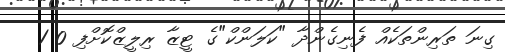
ގިނަ ތަރިންތަކެއް ފެނިގެންދާ "ކަލަންކް"ގެ ޓީޒާ ރިލީޒްކޮށްފި 0 1